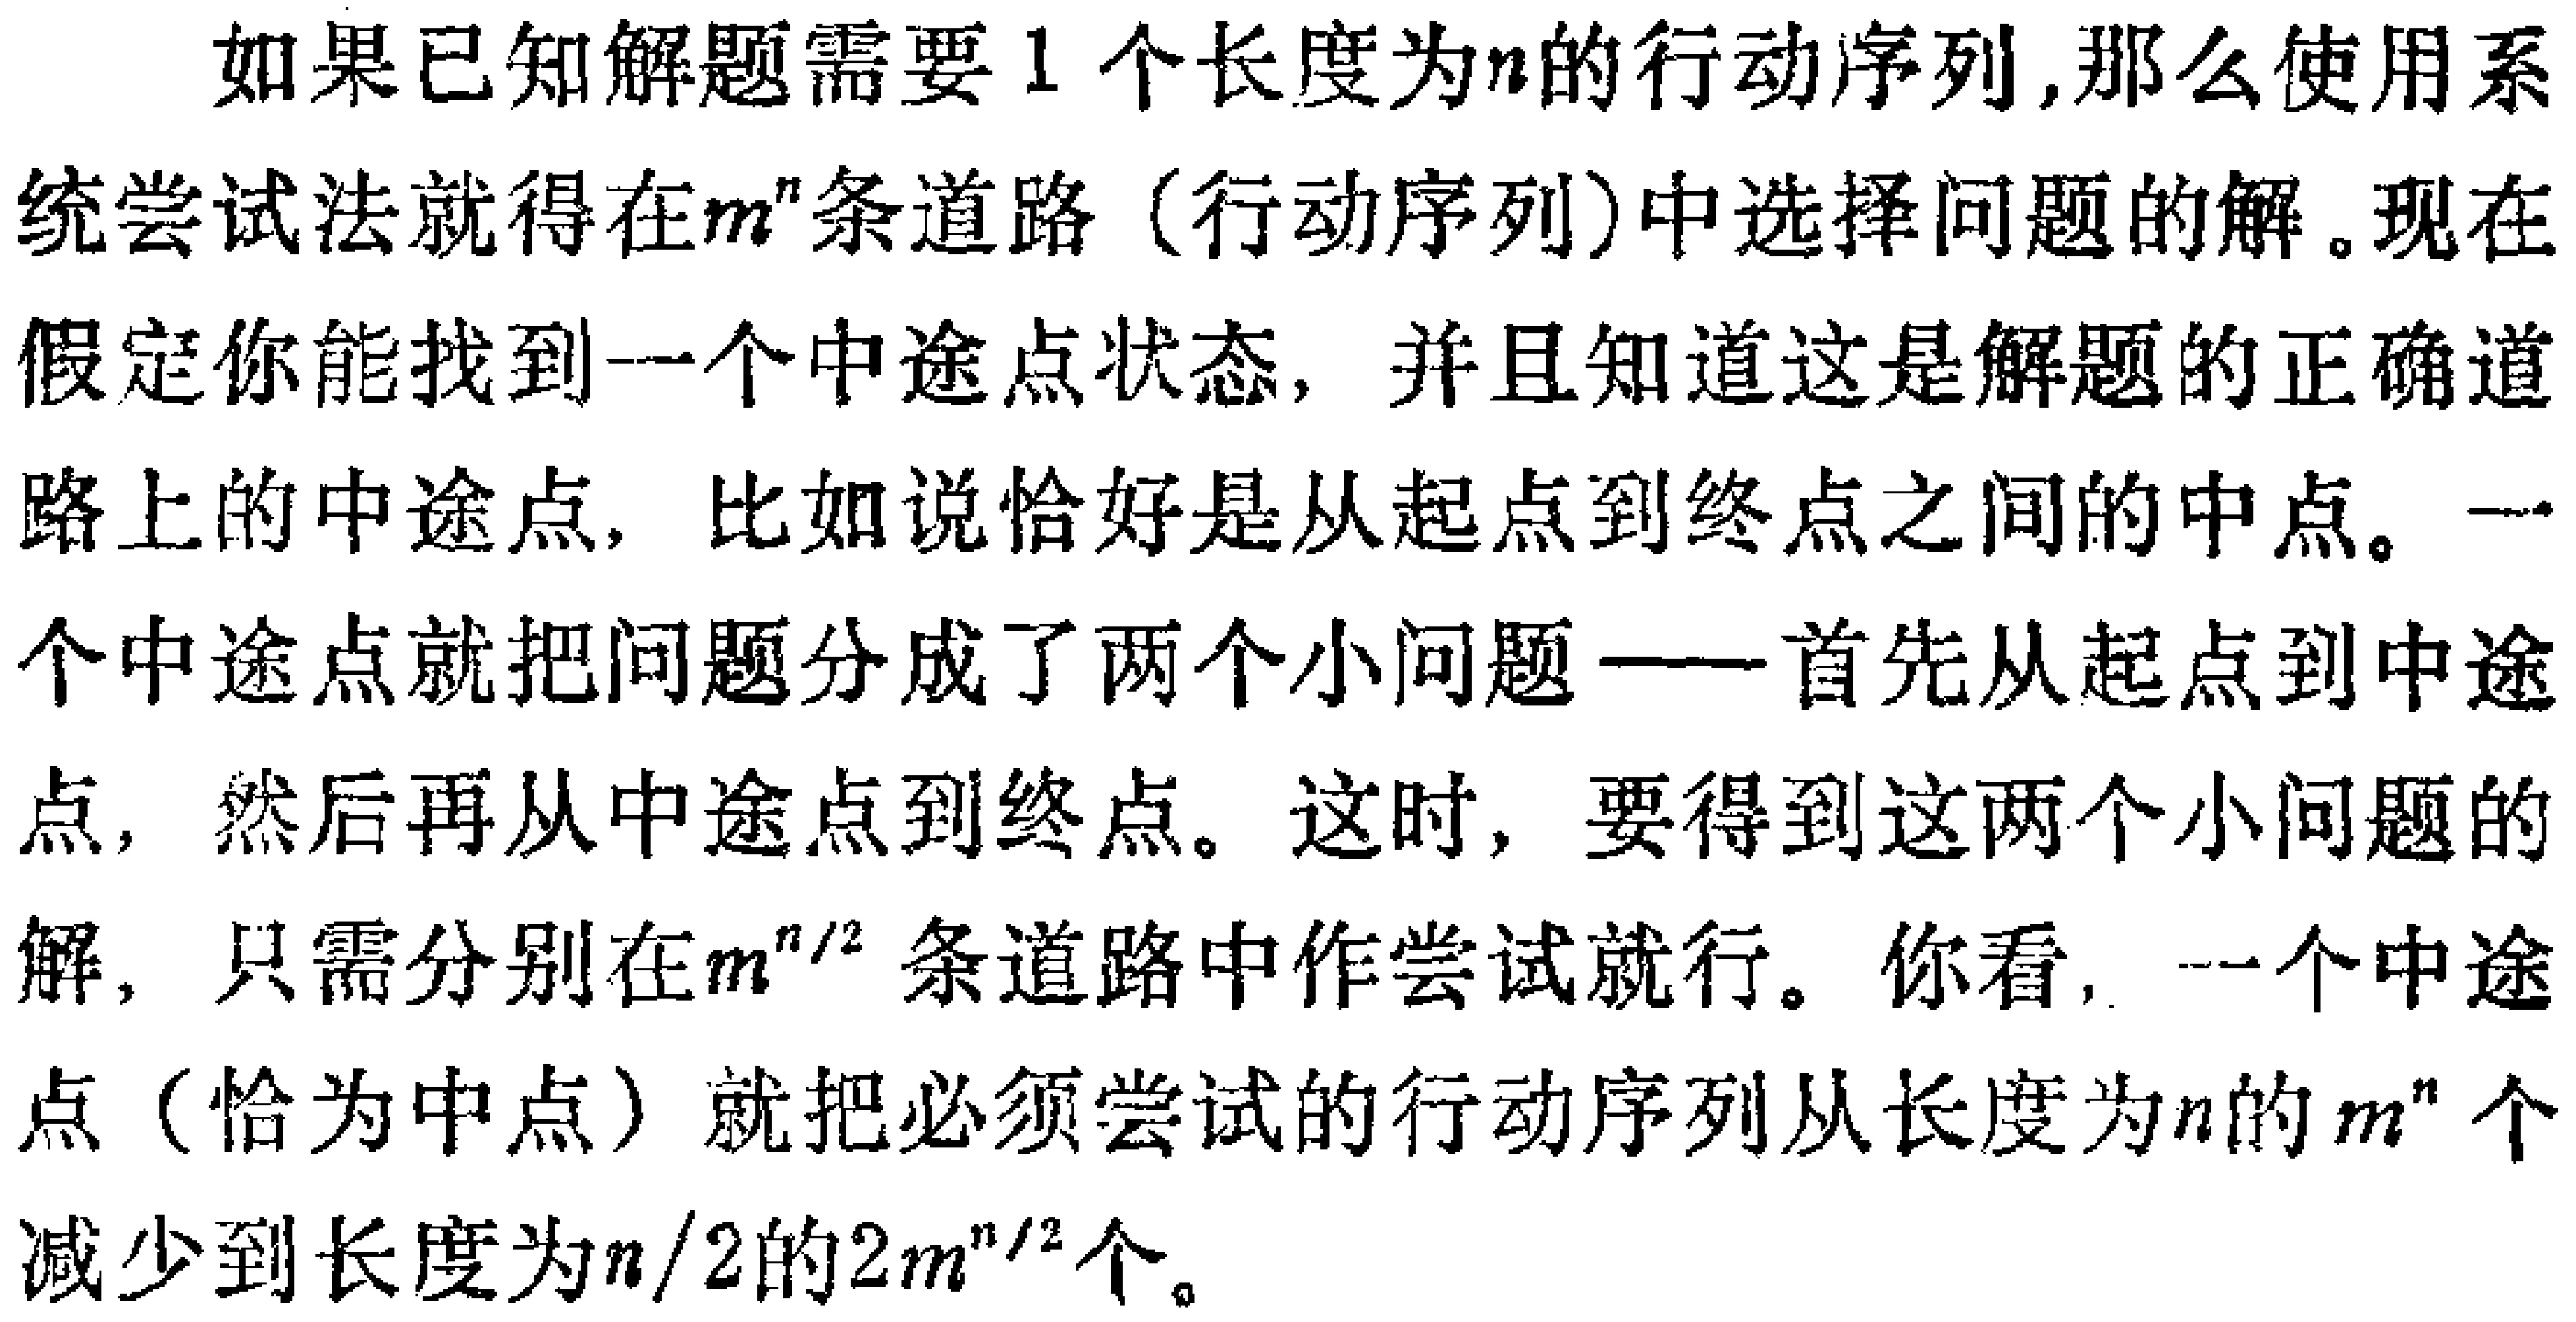
如果已知解题需要1个长度为\(n\)的行动序列,那么使用系统尝试法就得在\(m^{n}\)条道路（行动序列）中选择问题的解。现在假定你能找到一个中途点状态，并且知道这是解题的正确道路上的中途点，比如说恰好是从起点到终点之间的中点。一个中途点就把问题分成了两个小问题——首先从起点到中途点，然后再从中途点到终点。这时，要得到这两个小问题的解，只需分别在\(m^{n/2}\)条道路中作尝试就行。你看，一个中途点（恰为中点）就把必须尝试的行动序列从长度为\(n\)的\(m^{n}\)个减少到长度为\(n/2\)的\(2m^{n/2}\)个。